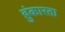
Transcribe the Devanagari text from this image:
हुंकारता